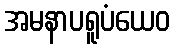
အမနာပရူပံယေဝ